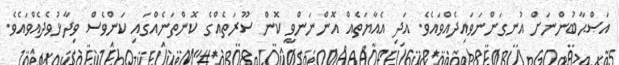
އަޞްޙާބުންނަށް އުނގަންނަވައިދެއްވައެވެ. އަދި އެއާޔަތެއް އޮންނަންވީ ކޮން ސޫރަތެއްގެ ކޮންތަނެއްގައި ކަންވެސް ވިދާޅުވެދެއްވައެވެ.